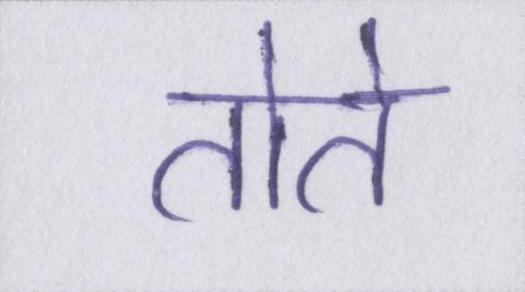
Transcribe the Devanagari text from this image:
तोते